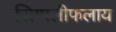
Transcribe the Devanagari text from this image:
सिम्पलीफलाय